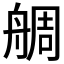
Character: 𦩍